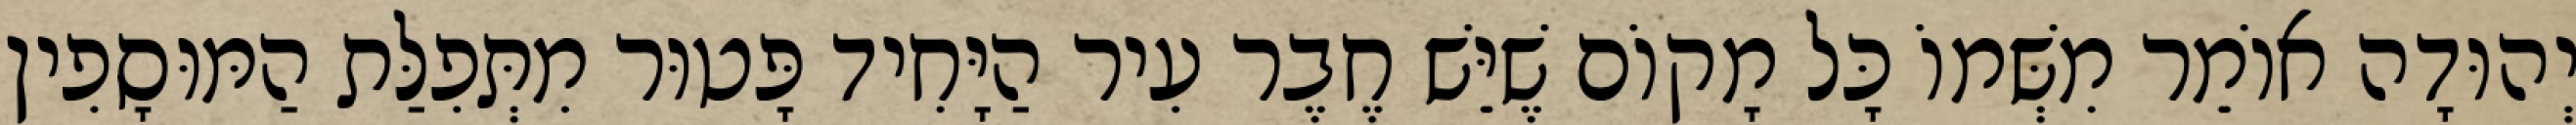
יְהוּדָה אוֹמֵר מִשְּׁמוֹ כָּל מָקוֹם שֶׁיֵּשׁ חֶבֶר עִיר הַיָּחִיד פָּטוּר מִתְּפִלַּת הַמּוּסָפִין